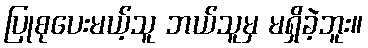
ပြုစုပေးမယ့်သူ ဘယ်သူမှ မရှိခဲ့ဘူး။